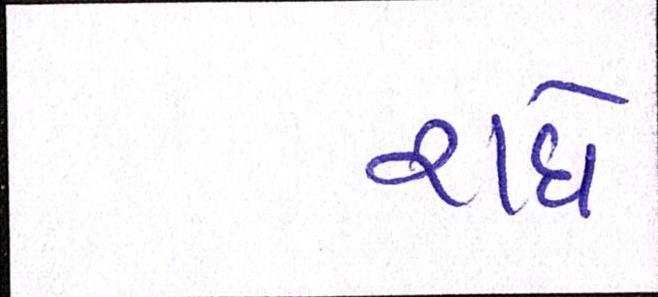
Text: રાધે